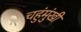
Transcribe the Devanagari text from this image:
चहुंमुंखी